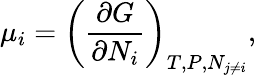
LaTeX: \mu_{i}=\left({\frac{\partial G}{\partial N_{i}}}\right)_{T,P,N_{j\neq i}},